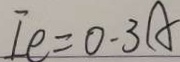
I e = 0 . 3 A